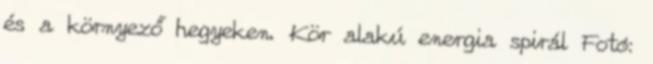
és a környező hegyeken. Kör alakú energia spirál Fotó: